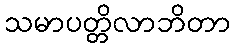
သမာပတ္တိလာဘိတာ